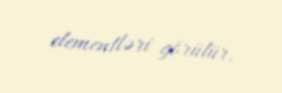
elementləri görülür.